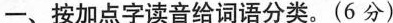
-、按加点字读音给词语分类。(6分)